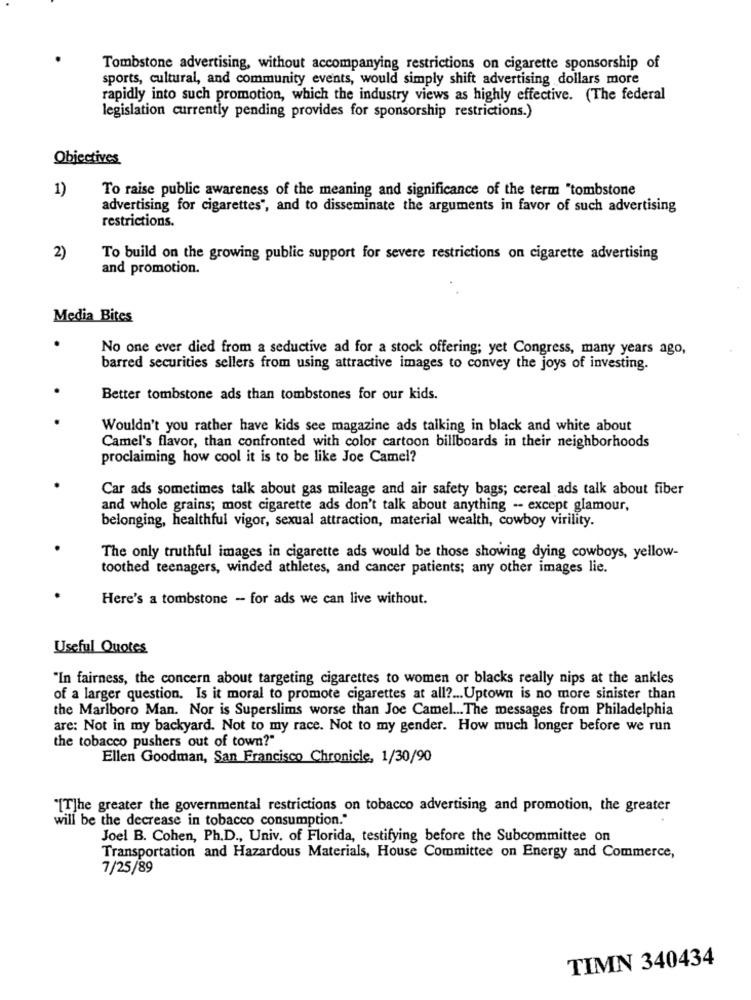
Tombstone advertising, without accompanying restrictions on cigarette sponsorship of
sports, cultural, and community events, would simply shift advertising dollars more
rapidly into such promotion, which the industry views as highly effective. (The federal
legislation currently pending provides for sponsorship restrictions.)
Objectives
1)
To raise public awareness of the meaning and significance of the term "tombstone
advertising for cigarettes", and to disseminate the arguments in favor of such advertising
restrictions.
2)
To build on the growing public support for severe restrictions on cigarette advertising
and promotion.
Media Bites
.
No one ever died from a seductive ad for a stock offering; yet Congress, many years ago,
barred securities sellers from using attractive images to convey the joys of investing.
Better tombstone ads than tombstones for our kids.
Wouldn't you rather have kids see magazine ads talking in black and white about
Camel's flavor, than confronted with color cartoon billboards in their neighborhoods
proclaiming how cool it is to be like Joe Camel?
Car ads sometimes talk about gas mileage and air safety bags; cereal ads talk about fiber
and whole grains; most cigarette ads don't talk about anything -- except glamour,
belonging, healthful vigor, sexual attraction, material wealth, cowboy virility.
The only truthful images in cigarette ads would be those showing dying cowboys, yellow-
toothed teenagers, winded athletes, and cancer patients; any other images lie.
Here's a tombstone - for ads we can live without.
Useful Quotes
"In fairness, the concern about targeting cigarettes to women or blacks really nips at the ankles
of a larger question. Is it moral to promote cigarettes at all ?... Uptown is no more sinister than
the Marlboro Man. Nor is Superslims worse than Joe Camel ... The messages from Philadelphia
are: Not in my backyard. Not to my race. Not to my gender. How much longer before we run
the tobacco pushers out of town?"
Ellen Goodman, San Francisco Chronicle, 1/30/90
"[T]he greater the governmental restrictions on tobacco advertising and promotion, the greater
will be the decrease in tobacco consumption."
Joel B. Cohen, Ph.D ., Univ. of Florida, testifying before the Subcommittee on
Transportation and Hazardous Materials, House Committee on Energy and Commerce,
7/25/89
TIMN 340434